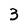
Character: 3